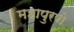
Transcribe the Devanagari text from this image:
महापुरषो